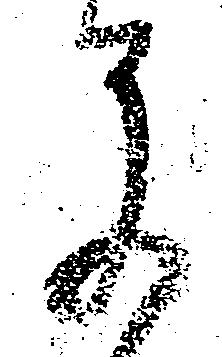
早